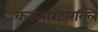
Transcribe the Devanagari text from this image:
करुनागप्पल्लि